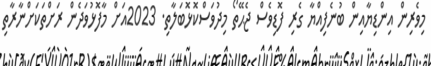
މިވެރިން އިންޑިޔާއިން ބުނެފިއްޔާ ގެރި ފޮޑިވެސް ޖެޙޭތޯ މިދުވަސްކޮޅޮބަލާތި. 2023އަށް މާފޮޅުވަދެން ރަށްތަކަށްނާރާތި